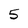
Character: 5